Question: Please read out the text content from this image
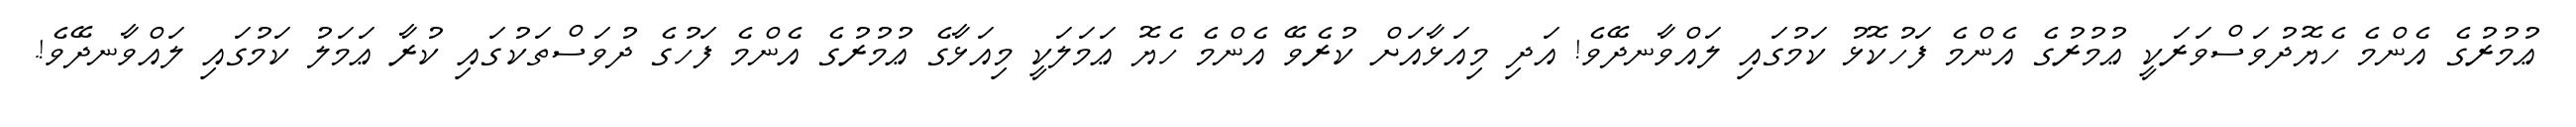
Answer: ޢުމުރުގެ އެންމެ ހެޔޮދުވަސްވަރަކީ ޢުމުރުގެ އެންމެ ފަހުކޮޅު ކަމުގައި ލައްވާނދޭވެ! އަދި މިއަޅާއަށް ކުރެވޭ އެންމެ ހެޔޮ ޢަމަލަކީ މިއަޅާގެ ޢުމުރުގެ އެންމެ ފަހުގެ ދުވަސްތަކުގައި ކުރާ ޢަމަލު ކަމުގައި ލައްވާނދޭވެ!.